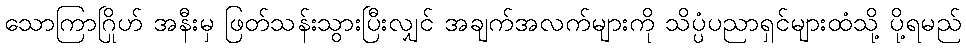
သောကြာဂြိုဟ် အနီးမှ ဖြတ်သန်းသွားပြီးလျှင် အချက်အလက်များကို သိပ္ပံပညာရှင်များထံသို့ ပို့ရမည်